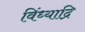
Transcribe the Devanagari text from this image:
विंध्याद्रि